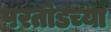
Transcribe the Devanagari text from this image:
परतोडच्या